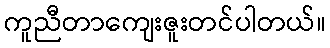
ကူညီတာကျေးဇူးတင်ပါတယ်။